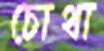
চোথা